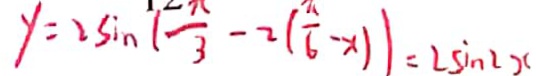
y = 2 \sin ( \frac { \pi } { 3 } - 2 ( \frac { \pi } { 6 } - x ) ) = 2 \sin 2 x